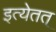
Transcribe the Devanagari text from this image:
इत्येतत्